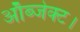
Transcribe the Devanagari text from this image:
ऑब्जेक्ट।